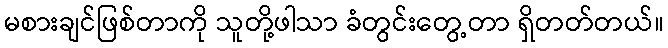
မစားချင်ဖြစ်တာကို သူတို့ဖါသာ ခံတွင်းတွေ့တာ ရှိတတ်တယ်။